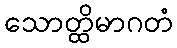
သောတ္ထိမာဂတံ